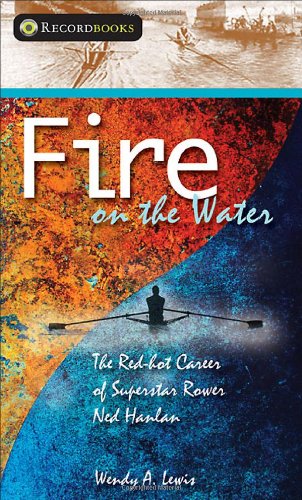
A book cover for Fire on the Water: The Red Hot Career of Superstar Rower Ned Hanlan (Lorimer Recordbooks); Wendy A. Lewis; Teen & Young Adult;